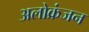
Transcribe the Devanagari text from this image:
अलोक्रंजन